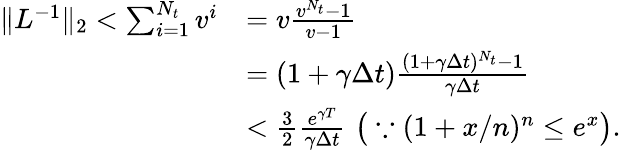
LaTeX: \begin{array}{rl}{\| L^{-1}\| _{2}<\sum_{i=1}^{N_{t}}v^{i}}&{=v\frac{v^{N_{t}}-1}{v-1}}\\ &{=(1+\gamma\Delta t)\frac{(1+\gamma\Delta t)^{N_{t}}-1}{\gamma\Delta t}}\\ &{<\frac{3}{2}\frac{e^{\gamma T}}{\gamma\Delta t}\, \, \big(\because(1+x/n)^{n}\leq e^{x}\big).}\end{array}